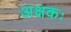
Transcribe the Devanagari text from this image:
अक्षकः